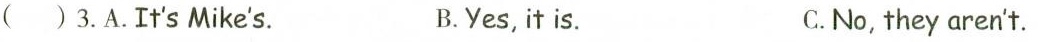
( )3.A.It's Mike's. B.Yes, it is. C.No, they aren't.